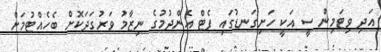
އަދި ވިޓަމިން ސީ އަކީ ހަށިގަނޑުގައި ފެޓް އެންދުމުގެ ނިޒާމު ވަރުގަދަކޮށް ބެހެއްޓުމަށް